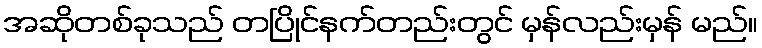
အဆိုတစ်ခုသည် တပြိုင်နက်တည်းတွင် မှန်လည်းမှန် မည်။